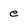
Character: e